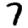
Digit: 7